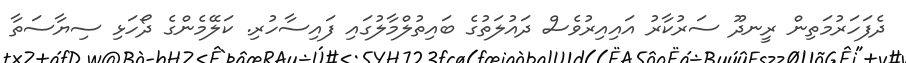
ދެފަހަރުމަތިން ރީނދޫ ސަރުކާރު އައިއިރުވެސް ދައުލަތުގެ ބައިތުލްމާލުގައި ފައިސާހުރި. ކަލޭމެންގެ ދޯހަޅި ސިޔާސަތާ